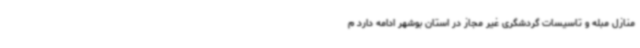
منازل مبله و تاسیسات گردشگری غیر مجاز در استان بوشهر ادامه دارد م